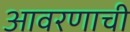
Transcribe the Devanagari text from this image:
आवरणाची